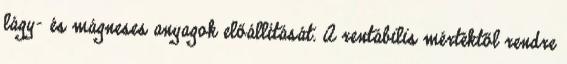
lágy- és mágneses anyagok előállítását. A rentábilis mértéktől rendre